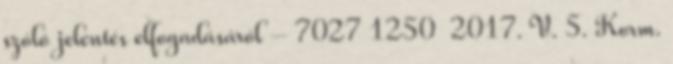
szóló jelentés elfogadásáról – 7027 1250 2017. V. 5. Korm.